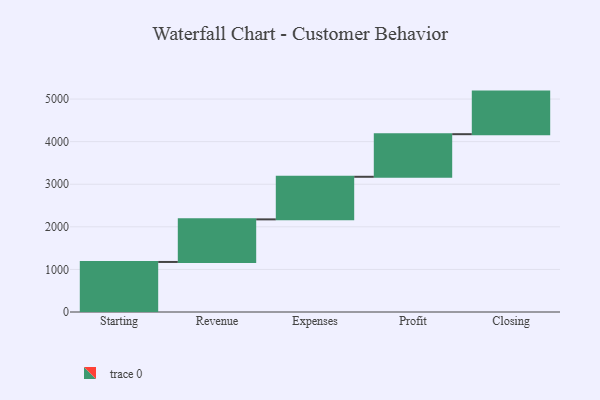
{"axis": {"x": "Step", "y": "Value"}, "legend": [""], "data": [{"x": "Starting", "y": 1175.0, "type": ""}, {"x": "Revenue", "y": 1000, "type": ""}, {"x": "Expenses", "y": 1000, "type": ""}, {"x": "Profit", "y": 1000, "type": ""}, {"x": "Closing", "y": 1000, "type": ""}]}